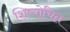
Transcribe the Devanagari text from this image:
शिष्योचित